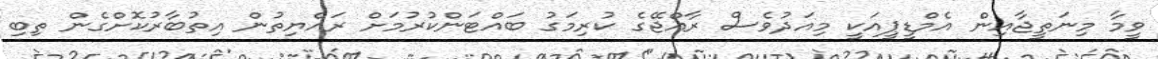
ވީމާ މިނަތީޖާއިން އެމްޑީޕީއަކީ މިއަދުވެސް ރާއްޖޭގެ ކުރިމަގު ބައްޓަންކުރުމަށް ރައްޔިތުން އިތުބާރުކޮށްގެން ތިބި